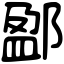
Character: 𨜏